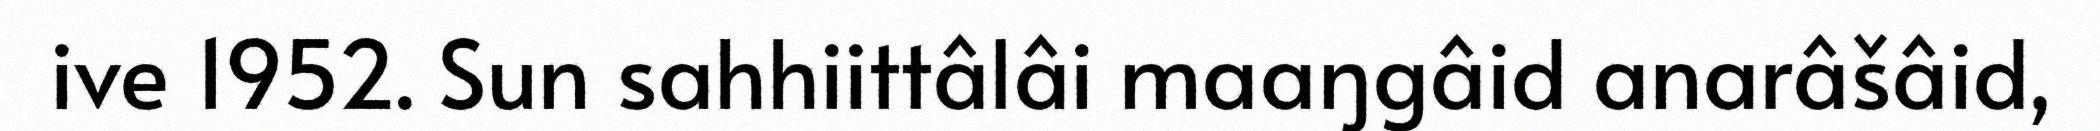
ive 1952. Sun sahhiittâlâi maaŋgâid anarâšâid,